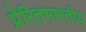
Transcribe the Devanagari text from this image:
प्रेरितभारतीय